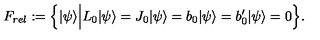
F _ { r e l } : = \Big \{ | \psi \rangle \Big | L _ { 0 } | \psi \rangle = J _ { 0 } | \psi \rangle = b _ { 0 } | \psi \rangle = b _ { 0 } ^ { \prime } | \psi \rangle = 0 \Big \} .